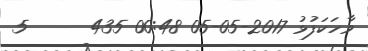
ވާހަކަފުޅު 2017-05-05 00:48 435      5